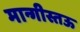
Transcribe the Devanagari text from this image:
मान्गीस्तऊ